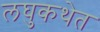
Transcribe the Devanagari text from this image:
लघुकथेत